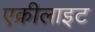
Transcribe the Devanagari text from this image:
एक्रीलाइट